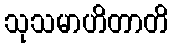
သုသမာဟိတာတိ